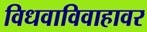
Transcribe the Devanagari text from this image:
विधवाविवाहावर